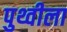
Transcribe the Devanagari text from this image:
पुथ्वीला